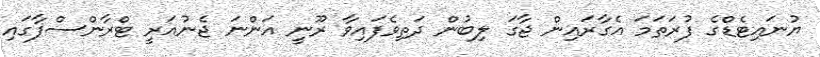
ޔުނައިޓެޑްގެ ފުރަތަމަ އެގާރައިން ޖާގަ ލިބުން ދަތިވެފައިވާ ރޫނީ އަންނަ ޖެނުއަރީ ޓްރާންސްފާގައި